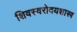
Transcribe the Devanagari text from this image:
शिवस्वरोदयशास्त्र